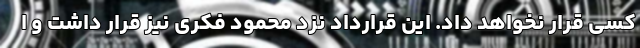
کسی قرار نخواهد داد. این قرارداد نزد محمود فکری نیز قرار داشت و ا